Civil Veterinary Dept. North-West Frontier Province 1923-32 - 1923-1932
Year: 1923
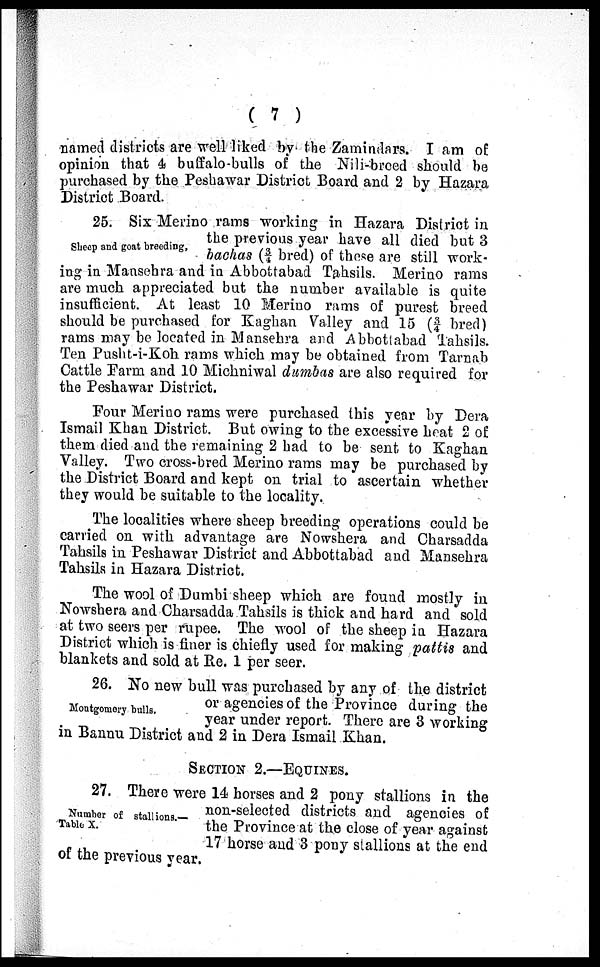
( 7 )
named districts are well liked by the Zamindars. I am of
opinion that 4 buffalo-bulls of the Nili-breed should be
purchased by the Peshawar District Board and 2 by Hazara
District Board.
Sheep and goat breeding.
25. Six Merino rams working in Hazara District in
the previous year have all died but 3
bachas (¾ bred) of these are still work-
ing in Mansehra and in Abbottabad Tahsils. Merino rams
are much appreciated but the number available is quite
insufficient. At least 10 Merino rams of purest breed
should be purchased for Kaghan Valley and 15 (3/4 bred)
rams may be located in Mansehra and Abbottabad Tahsils.
Ten Pusht-i-Koh rams which may be obtained from Tarnab
Cattle Farm and 10 Michniwal dumbas are also required for
the Peshawar District.
Four Merino rams were purchased this year by Dera
Ismail Khan District. But owing to the excessive heat 2 of
them died and the remaining 2 had to be sent to Kaghan
Valley. Two cross-bred Merino rams may be purchased by
the District Board and kept on trial to ascertain whether
they would be suitable to the locality.
The localities where sheep breeding operations could be
carried on with advantage are Nowshera and Charsadda
Tahsils in Peshawar District and Abbottabad and Mansehra
Tahsils in Hazara District.
The wool of Dumbi sheep which are found mostly in
Nowshera and Charsadda Tahsils is thick and hard and sold
at two seers per rupee. The wool of the sheep in Hazara
District which is finer is chiefly used for making pattis and
blankets and sold at Re. 1 per seer.
Montgomery bulls.
26. No new bull was purchased by any of the district
or agencies of the Province during the
year under report. There are 3 working
in Bannu District and 2 in Dera Ismail Khan.
SECTION 2.—EQUINES.
Number of stallions.—
Table X.
27. There were 14 horses and 2 pony stallions in the
non-selected districts and agencies of
the Province at the close of year against
17 horse and 3 pony stallions at the end
of the previous year.